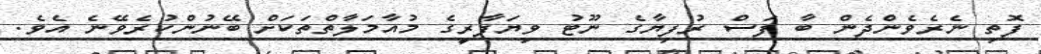
ފޮތި ނެރެވެންދެން ބާ ފަސް ރުފިޔާގެ ނޫޓު ވިޔަފާރީގެ މުއާމަލާތްތަކަށް ބޭނުންކުރެވޭނެ އެވެ.